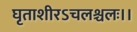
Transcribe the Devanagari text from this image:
घृताशीरऽचलश्चलः।।